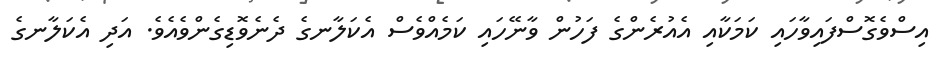
އިސްވެގޮސްފައިވާހައި ކަމަކާއި އެއުރެންގެ ފަހުން ވާނޭހައި ކަމެއްވެސް އެކަލާނގެ ދެނެވޮޑިގެންވެއެވެ. އަދި އެކަލާނގެ